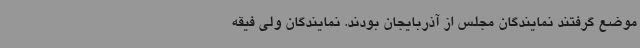
موضع گرفتند نمایندگان مجلس از آذربایجان بودند. نمایندگان ولی فیقه